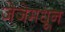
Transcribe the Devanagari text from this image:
जेजेमधून